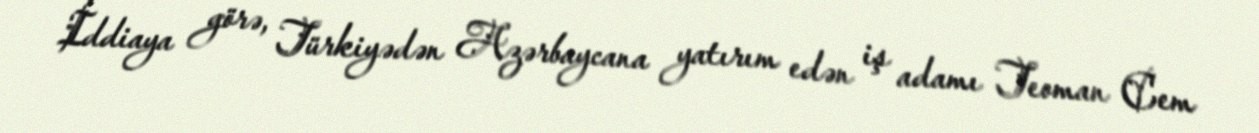
İddiaya görə, Türkiyədən Azərbaycana yatırım edən iş adamı Teoman Cem